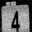
Digit: 4